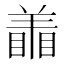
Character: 𰭜